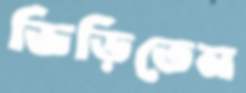
ভিড়িতেন